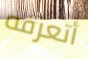
أتعرفه